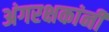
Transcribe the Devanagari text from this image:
अंगरक्षकांनी